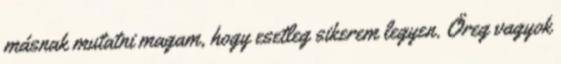
másnak mutatni magam, hogy esetleg sikerem legyen. Öreg vagyok